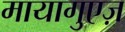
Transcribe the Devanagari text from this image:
मायागुएज़